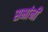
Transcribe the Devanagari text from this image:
सभांनी